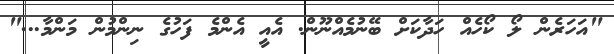
"އަހަރެން ލޯ ކޯހެއް ހަދާކަށް ބޭނުމެއްނޫން. އެއީ އެންމެ ފަހުގެ ނިންމުން މަންމާ..."